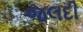
જલદી